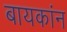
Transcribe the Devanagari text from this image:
बायकांन